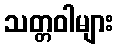
သတ္တဝါများ